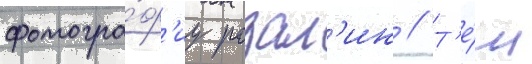
фотогра́ф'иу розал'ин // Т'е́м